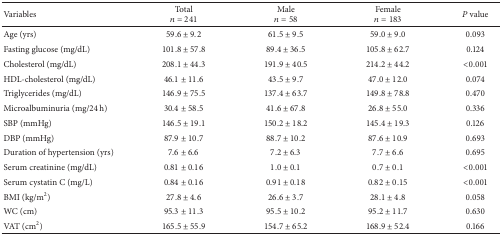
<table><thead><tr><td><b>Variables</b></td><td><b>Total<i>n</i> = 241</b></td><td><b>Male<i>n</i> = 58</b></td><td><b>Female<i>n</i> = 183</b></td><td><b><i>P</i> value</b></td></tr></thead><tbody><tr><td>Age (yrs)</td><td>59.6 ± 9.2</td><td>61.5 ± 9.5</td><td>59.0 ± 9.0</td><td>0.093</td></tr><tr><td>Fasting glucose (mg/dL)</td><td>101.8 ± 57.8</td><td>89.4 ± 36.5</td><td>105.8 ± 62.7</td><td>0.124</td></tr><tr><td>Cholesterol (mg/dL)</td><td>208.1 ± 44.3</td><td>191.9 ± 40.5</td><td>214.2 ± 44.2</td><td>&lt;0.001</td></tr><tr><td>HDL-cholesterol (mg/dL)</td><td>46.1 ± 11.6</td><td>43.5 ± 9.7</td><td>47.0 ± 12.0</td><td>0.074</td></tr><tr><td>Triglycerides (mg/dL)</td><td>146.9 ± 75.5</td><td>137.4 ± 63.7</td><td>149.8 ± 78.8</td><td>0.470</td></tr><tr><td>Microalbuminuria (mg/24 h)</td><td>30.4 ± 58.5</td><td>41.6 ± 67.8</td><td>26.8 ± 55.0</td><td>0.336</td></tr><tr><td>SBP (mmHg)</td><td>146.5 ± 19.1</td><td>150.2 ± 18.2</td><td>145.4 ± 19.3</td><td>0.126</td></tr><tr><td>DBP (mmHg)</td><td>87.9 ± 10.7</td><td>88.7 ± 10.2</td><td>87.6 ± 10.9</td><td>0.693</td></tr><tr><td>Duration of hypertension (yrs)</td><td>7.6 ± 6.6</td><td>7.2 ± 6.3</td><td>7.7 ± 6.6</td><td>0.695</td></tr><tr><td>Serum creatinine (mg/dL)</td><td>0.81 ± 0.16</td><td>1.0 ± 0.1</td><td>0.7 ± 0.1</td><td>&lt;0.001</td></tr><tr><td>Serum cystatin C (mg/L)</td><td>0.84 ± 0.16</td><td>0.91 ± 0.18</td><td>0.82 ± 0.15</td><td>&lt;0.001</td></tr><tr><td>BMI (kg/m<sup>2</sup>)</td><td>27.8 ± 4.6</td><td>26.6 ± 3.7</td><td>28.1 ± 4.8</td><td>0.058</td></tr><tr><td>WC (cm)</td><td>95.3 ± 11.3</td><td>95.5 ± 10.2</td><td>95.2 ± 11.7</td><td>0.630</td></tr><tr><td>VAT (cm<sup>2</sup>)</td><td>165.5 ± 55.9</td><td>154.7 ± 65.2</td><td>168.9 ± 52.4</td><td>0.166</td></tr></tbody></table>